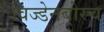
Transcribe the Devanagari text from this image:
विज्डेनबोस्च